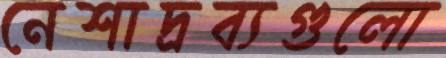
নেশাদ্রব্যগুলো